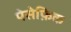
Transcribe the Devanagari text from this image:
पेसेफ़िक